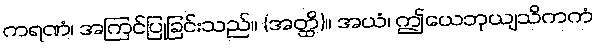
ကရဏံ၊ အကြင်ပြုခြင်းသည်။ (အတ္ထိ)။ အယံ၊ ဤယေဘုယျသိကကံ